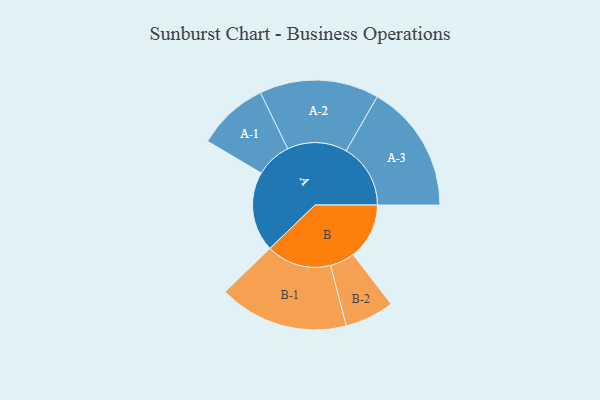
{"axis": {"x": "Segment", "y": "Value"}, "legend": ["", "A", "B"], "data": [{"x": "A", "y": 360, "type": ""}, {"x": "B", "y": 253, "type": ""}, {"x": "A-1", "y": 161, "type": "A"}, {"x": "A-2", "y": 269, "type": "A"}, {"x": "A-3", "y": 290, "type": "A"}, {"x": "B-1", "y": 292, "type": "B"}, {"x": "B-2", "y": 111, "type": "B"}]}